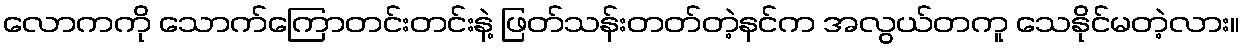
လောကကို သောက်ကြောတင်းတင်းနဲ့ ဖြတ်သန်းတတ်တဲ့နင်က အလွယ်တကူ သေနိုင်မတဲ့လား။